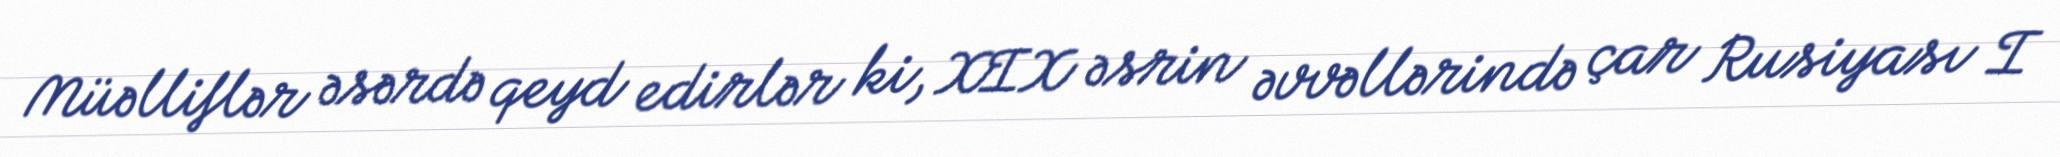
Müəlliflər əsərdə qeyd edirlər ki, XIX əsrin əvvəllərində çar Rusiyası I